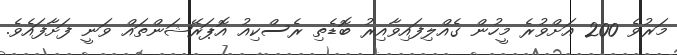
މަރުވެ 200 އަށްވުރެ މީހުން ގެއްލިފައިވާއިރު ބޮޑެތި ރެސްކިއު އޮޕަރޭޝަންތައް ވަނީ ފަށާފައެވެ.